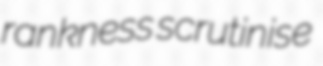
rankness scrutinise